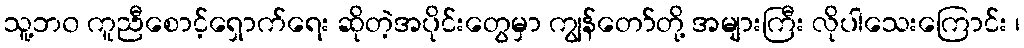
သူ့ဘ၀ ကူညီစောင့်ရှောက်ရေး ဆိုတဲ့အပိုင်းတွေမှာ ကျွန်တော်တို့ အများကြီး လိုပါသေးကြောင်း ၊